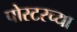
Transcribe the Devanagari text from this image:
पोस्टरच्या